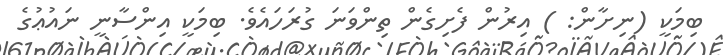
ބިމަކީ (ނިށާން: ) އިރުން ފެށިގެން ތިންވަނަ ގުރަހައެވެ. ބިމަކީ އިންސާނީ ނައުޢުގެ